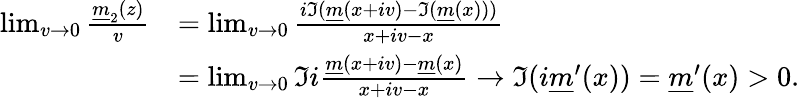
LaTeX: \begin{array}{rl}{\operatorname*{lim}_{v\to 0}\frac{{\underline{m}}_{2}(z)}{v}}&{=\operatorname*{lim}_{v\to 0}\frac{i\Im({\underline{m}}(x+iv)-\Im({\underline{m}}(x)))}{x+iv-x}}\\ &{=\operatorname*{lim}_{v\to 0}\Im i\frac{{\underline{m}}(x+iv)-{\underline{m}}(x)}{x+iv-x}\to\Im(i{\underline{m}}^{\prime}(x))={\underline{m}}^{\prime}(x)>0.}\end{array}